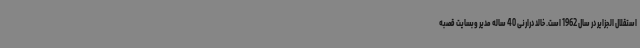
استقلال الجزایر در سال 1962 است. خالد درارنی 40 ساله مدیر وبسایت قصبه